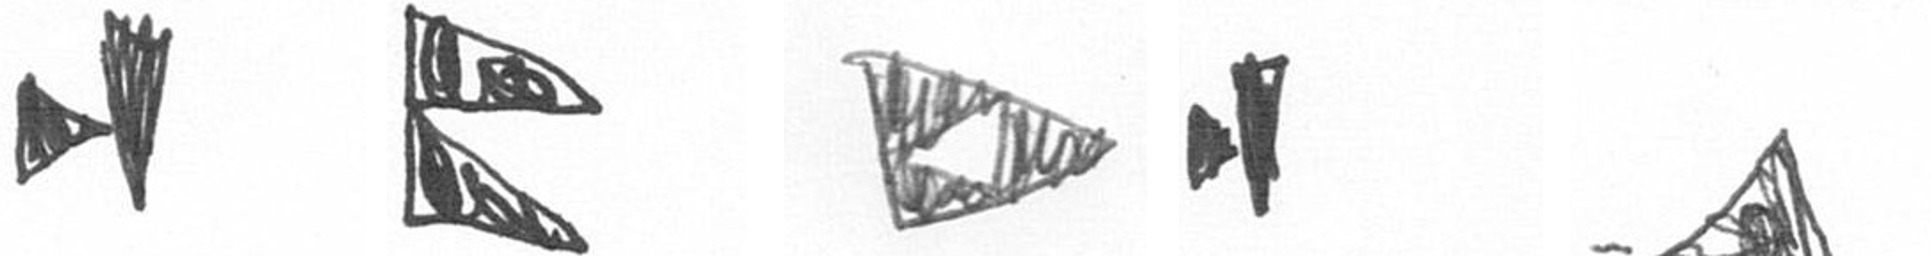
M P K M O